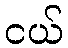
ငယ်